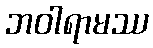
ဘဝါရာမဿ